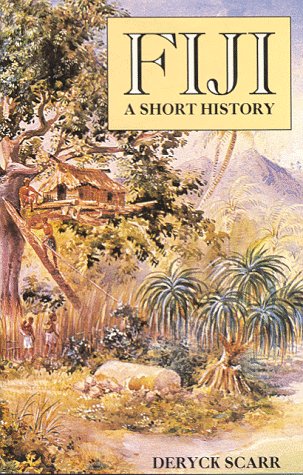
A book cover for Fiji: A Short History; Deryck Scarr; History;